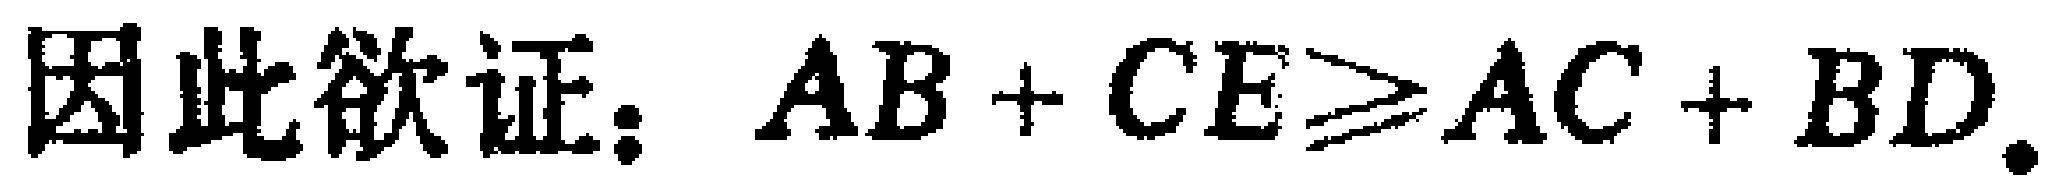
因此欲证：$AB + CE\geqslant AC + BD.$